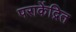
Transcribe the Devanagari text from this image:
पराकेंद्रित